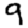
Digit: 9